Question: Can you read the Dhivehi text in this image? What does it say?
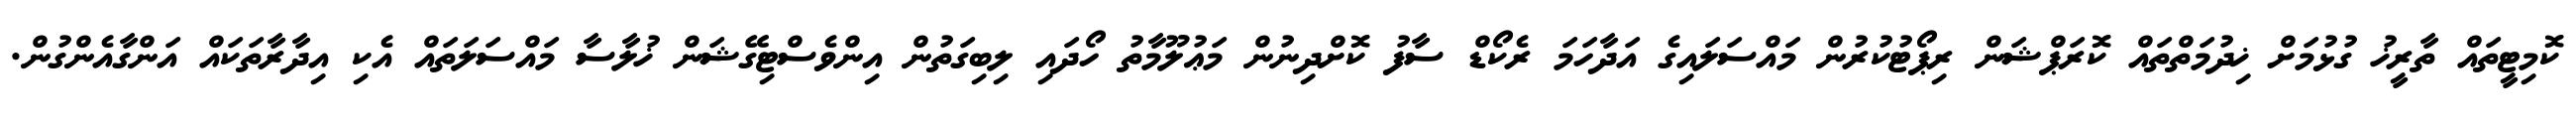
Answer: ކޮމިޓީތައް ތާރީޚު ގުޅުމަށް ޚިދުމަތްތައް ކޮރަޕްޝަން ރިޕޯޓުކުރުން މައްސަލައިގެ އަދާހަމަ ރެކޯޑް ސާފު ކޮށްދިނުން މަޢުލޫމާތު ހޯދައި ލިބިގަތުން އިންވެސްޓިގޭޝަން ޚުލާސާ މައްސަލަތައް އެކި އިދާރާތަކައް އަންގާއެންގުން.